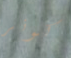
كونر